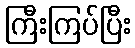
ကြီးကြပ်ပြီး